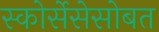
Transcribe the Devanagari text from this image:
स्कोर्सेसेसोबत